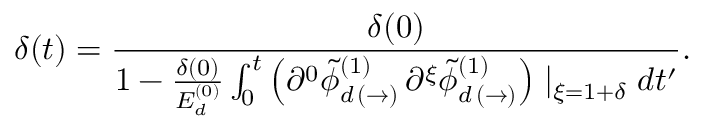
\delta ( t ) = \frac { \delta ( 0 ) } { 1 - \frac { \delta ( 0 ) } { E _ { d } ^ { ( 0 ) } } \int _ { 0 } ^ { t } \left( \partial ^ { 0 } \tilde { \phi } _ { d \, ( \rightarrow ) } ^ { ( 1 ) } \, \partial ^ { \xi } \tilde { \phi } _ { d \, ( \rightarrow ) } ^ { ( 1 ) } \right) \mid _ { \xi = 1 + \delta } d t ^ { \prime } } .